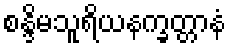
စန္ဒိမသူရိယနက္ခတ္တာနံ